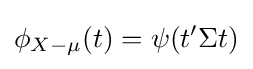
\phi _{X-\mu }(t)=\psi (t'\Sigma t)